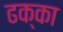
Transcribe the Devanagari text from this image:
ढक्का